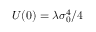
U ( 0 ) = \lambda \sigma _ { 0 } ^ { 4 } / 4